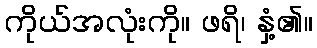
ကိုယ်အလုံးကို။ ဖရိ၊ နှံ့၏။